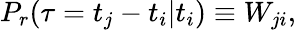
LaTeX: P_{r}(\tau=t_{j}-t_{i}|t_{i})\equiv W_{ji},